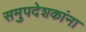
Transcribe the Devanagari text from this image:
समुपदेशकांना